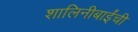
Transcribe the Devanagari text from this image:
शालिनीबाईंची